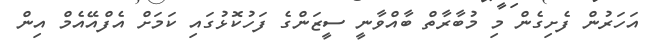
އަހަރުން ފެށިގެން މި މުބާރާތް ބާއްވާނީ ސީޒަންގެ ފަހުކޮޅުގައި ކަމަށް އެފްއޭއެމް އިން